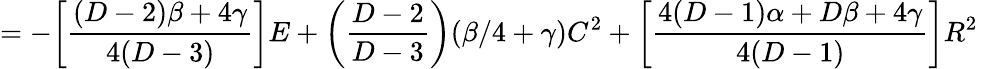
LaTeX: =-\bigg[\frac{(D-2)\beta+4\gamma}{4(D-3)}\bigg]E+\bigg(\frac{D-2}{D-3}\bigg)(\beta/4+\gamma)C^{2}+\bigg[\frac{4(D-1)\alpha+D\beta+4\gamma}{4(D-1)}\bigg]R^{2}\,